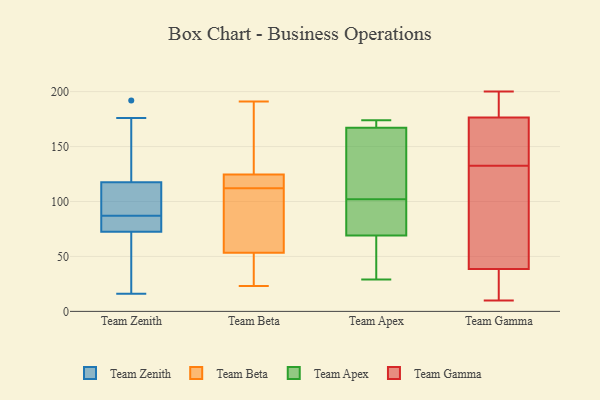
{"axis": {"x": "Headcount", "y": "Value"}, "legend": ["Team Apex", "Team Beta", "Team Gamma", "Team Zenith"], "data": [{"x": "", "y": 176, "type": "Team Zenith"}, {"x": "", "y": 65, "type": "Team Zenith"}, {"x": "", "y": 83, "type": "Team Zenith"}, {"x": "", "y": 192, "type": "Team Zenith"}, {"x": "", "y": 79, "type": "Team Zenith"}, {"x": "", "y": 32, "type": "Team Zenith"}, {"x": "", "y": 75, "type": "Team Zenith"}, {"x": "", "y": 87, "type": "Team Zenith"}, {"x": "", "y": 115, "type": "Team Zenith"}, {"x": "", "y": 16, "type": "Team Zenith"}, {"x": "", "y": 97, "type": "Team Zenith"}, {"x": "", "y": 125, "type": "Team Zenith"}, {"x": "", "y": 88, "type": "Team Zenith"}, {"x": "", "y": 145, "type": "Team Beta"}, {"x": "", "y": 116, "type": "Team Beta"}, {"x": "", "y": 23, "type": "Team Beta"}, {"x": "", "y": 123, "type": "Team Beta"}, {"x": "", "y": 102, "type": "Team Beta"}, {"x": "", "y": 32, "type": "Team Beta"}, {"x": "", "y": 28, "type": "Team Beta"}, {"x": "", "y": 121, "type": "Team Beta"}, {"x": "", "y": 59, "type": "Team Beta"}, {"x": "", "y": 53, "type": "Team Beta"}, {"x": "", "y": 137, "type": "Team Beta"}, {"x": "", "y": 54, "type": "Team Beta"}, {"x": "", "y": 191, "type": "Team Beta"}, {"x": "", "y": 86, "type": "Team Beta"}, {"x": "", "y": 118, "type": "Team Beta"}, {"x": "", "y": 125, "type": "Team Beta"}, {"x": "", "y": 154, "type": "Team Beta"}, {"x": "", "y": 45, "type": "Team Beta"}, {"x": "", "y": 112, "type": "Team Beta"}, {"x": "", "y": 167, "type": "Team Apex"}, {"x": "", "y": 174, "type": "Team Apex"}, {"x": "", "y": 109, "type": "Team Apex"}, {"x": "", "y": 72, "type": "Team Apex"}, {"x": "", "y": 170, "type": "Team Apex"}, {"x": "", "y": 126, "type": "Team Apex"}, {"x": "", "y": 69, "type": "Team Apex"}, {"x": "", "y": 43, "type": "Team Apex"}, {"x": "", "y": 95, "type": "Team Apex"}, {"x": "", "y": 29, "type": "Team Apex"}, {"x": "", "y": 39, "type": "Team Gamma"}, {"x": "", "y": 199, "type": "Team Gamma"}, {"x": "", "y": 38, "type": "Team Gamma"}, {"x": "", "y": 115, "type": "Team Gamma"}, {"x": "", "y": 10, "type": "Team Gamma"}, {"x": "", "y": 100, "type": "Team Gamma"}, {"x": "", "y": 120, "type": "Team Gamma"}, {"x": "", "y": 193, "type": "Team Gamma"}, {"x": "", "y": 183, "type": "Team Gamma"}, {"x": "", "y": 200, "type": "Team Gamma"}, {"x": "", "y": 22, "type": "Team Gamma"}, {"x": "", "y": 28, "type": "Team Gamma"}, {"x": "", "y": 145, "type": "Team Gamma"}, {"x": "", "y": 146, "type": "Team Gamma"}, {"x": "", "y": 155, "type": "Team Gamma"}, {"x": "", "y": 170, "type": "Team Gamma"}]}